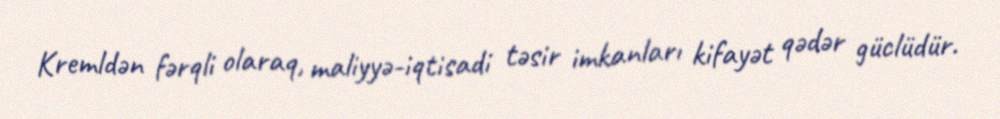
Kremldən fərqli olaraq, maliyyə-iqtisadi təsir imkanları kifayət qədər güclüdür.